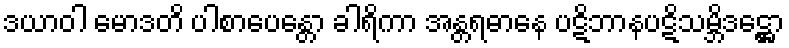
ဒယာဝါ မောဒတိ ပါစာပေန္တော ခါရိကာ အန္တရဓာနေ ပဋိဘာနပဋိသမ္ဘိဒဋ္ဌော